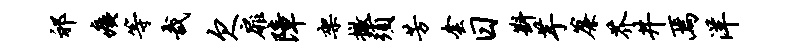
祁痍等哉欠扉障架撤须芳套日斟芋帘芥井焉洋